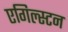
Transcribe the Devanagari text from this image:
एगिल्स्टन